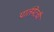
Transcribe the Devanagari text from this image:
पार्लमेंटची